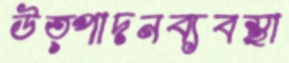
উত্পাদনব্যবস্থা